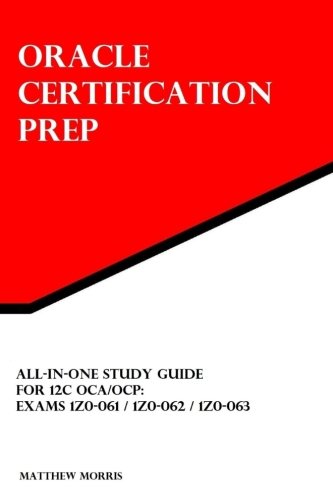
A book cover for All-In-One Study Guide for 12c OCA/OCP: Exams 1Z0-061 / 1Z0-062 / 1Z0-063: Oracle Certification Prep; Matthew Morris; Computers & Technology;